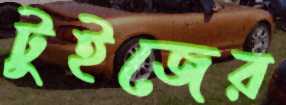
টুইজের